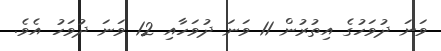
ވަނަ ދުވަހުގެ އިތުރުން 11 ވަނަ ދުވަހާއި 12 ވަނަ ދުވަހު އެވެ.